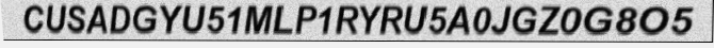
CUSADGYU51MLP1RYRU5A0JGZ0G8O5